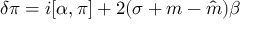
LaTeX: \delta \pi = i [ \alpha , \pi ] + 2 ( \sigma + m - \hat { m } ) \beta